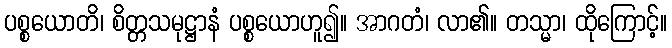
ပစ္စယောတိ၊ စိတ္တသမုဋ္ဌာနံ ပစ္စယောဟူ၍။ အာဂတံ၊ လာ၏။ တသ္မာ၊ ထိုကြောင့်။